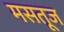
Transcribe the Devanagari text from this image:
मसतूज